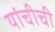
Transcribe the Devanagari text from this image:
यांचीची